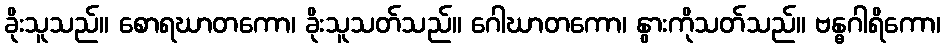
ခိုးသူသည်။ စောရဃာတကော၊ ခိုးသူသတ်သည်။ ဂေါဃာတကော၊ နွားကိုသတ်သည်။ ဗန္ဓဂါရိကော၊